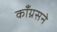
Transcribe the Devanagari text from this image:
काँग्रसने